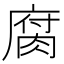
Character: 腐